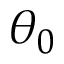
\theta _ { 0 }